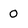
Character: 0